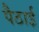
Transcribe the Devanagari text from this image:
पैठाई